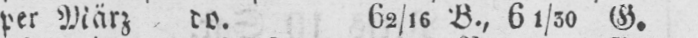
per März do. 62/16 B., 61/30 G.